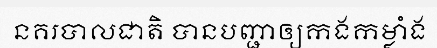
នគរបាលជាតិ បានបញ្ជាឲ្យកងកម្លាំង